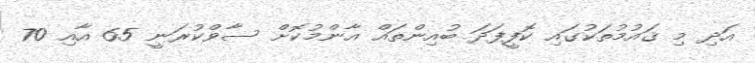
އަދި މި ޤައުމުތަކުގައި ކޮފީފަދަ ބުއިންތައް އާންމުކޮށް ސާވްކުރަނީ 65 އާއި 70